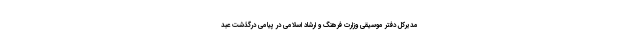
مدیرکل دفتر موسیقی وزارت فرهنگ و ارشاد اسلامی در پیامی درگذشت عبد